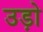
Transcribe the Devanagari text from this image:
उड़ो